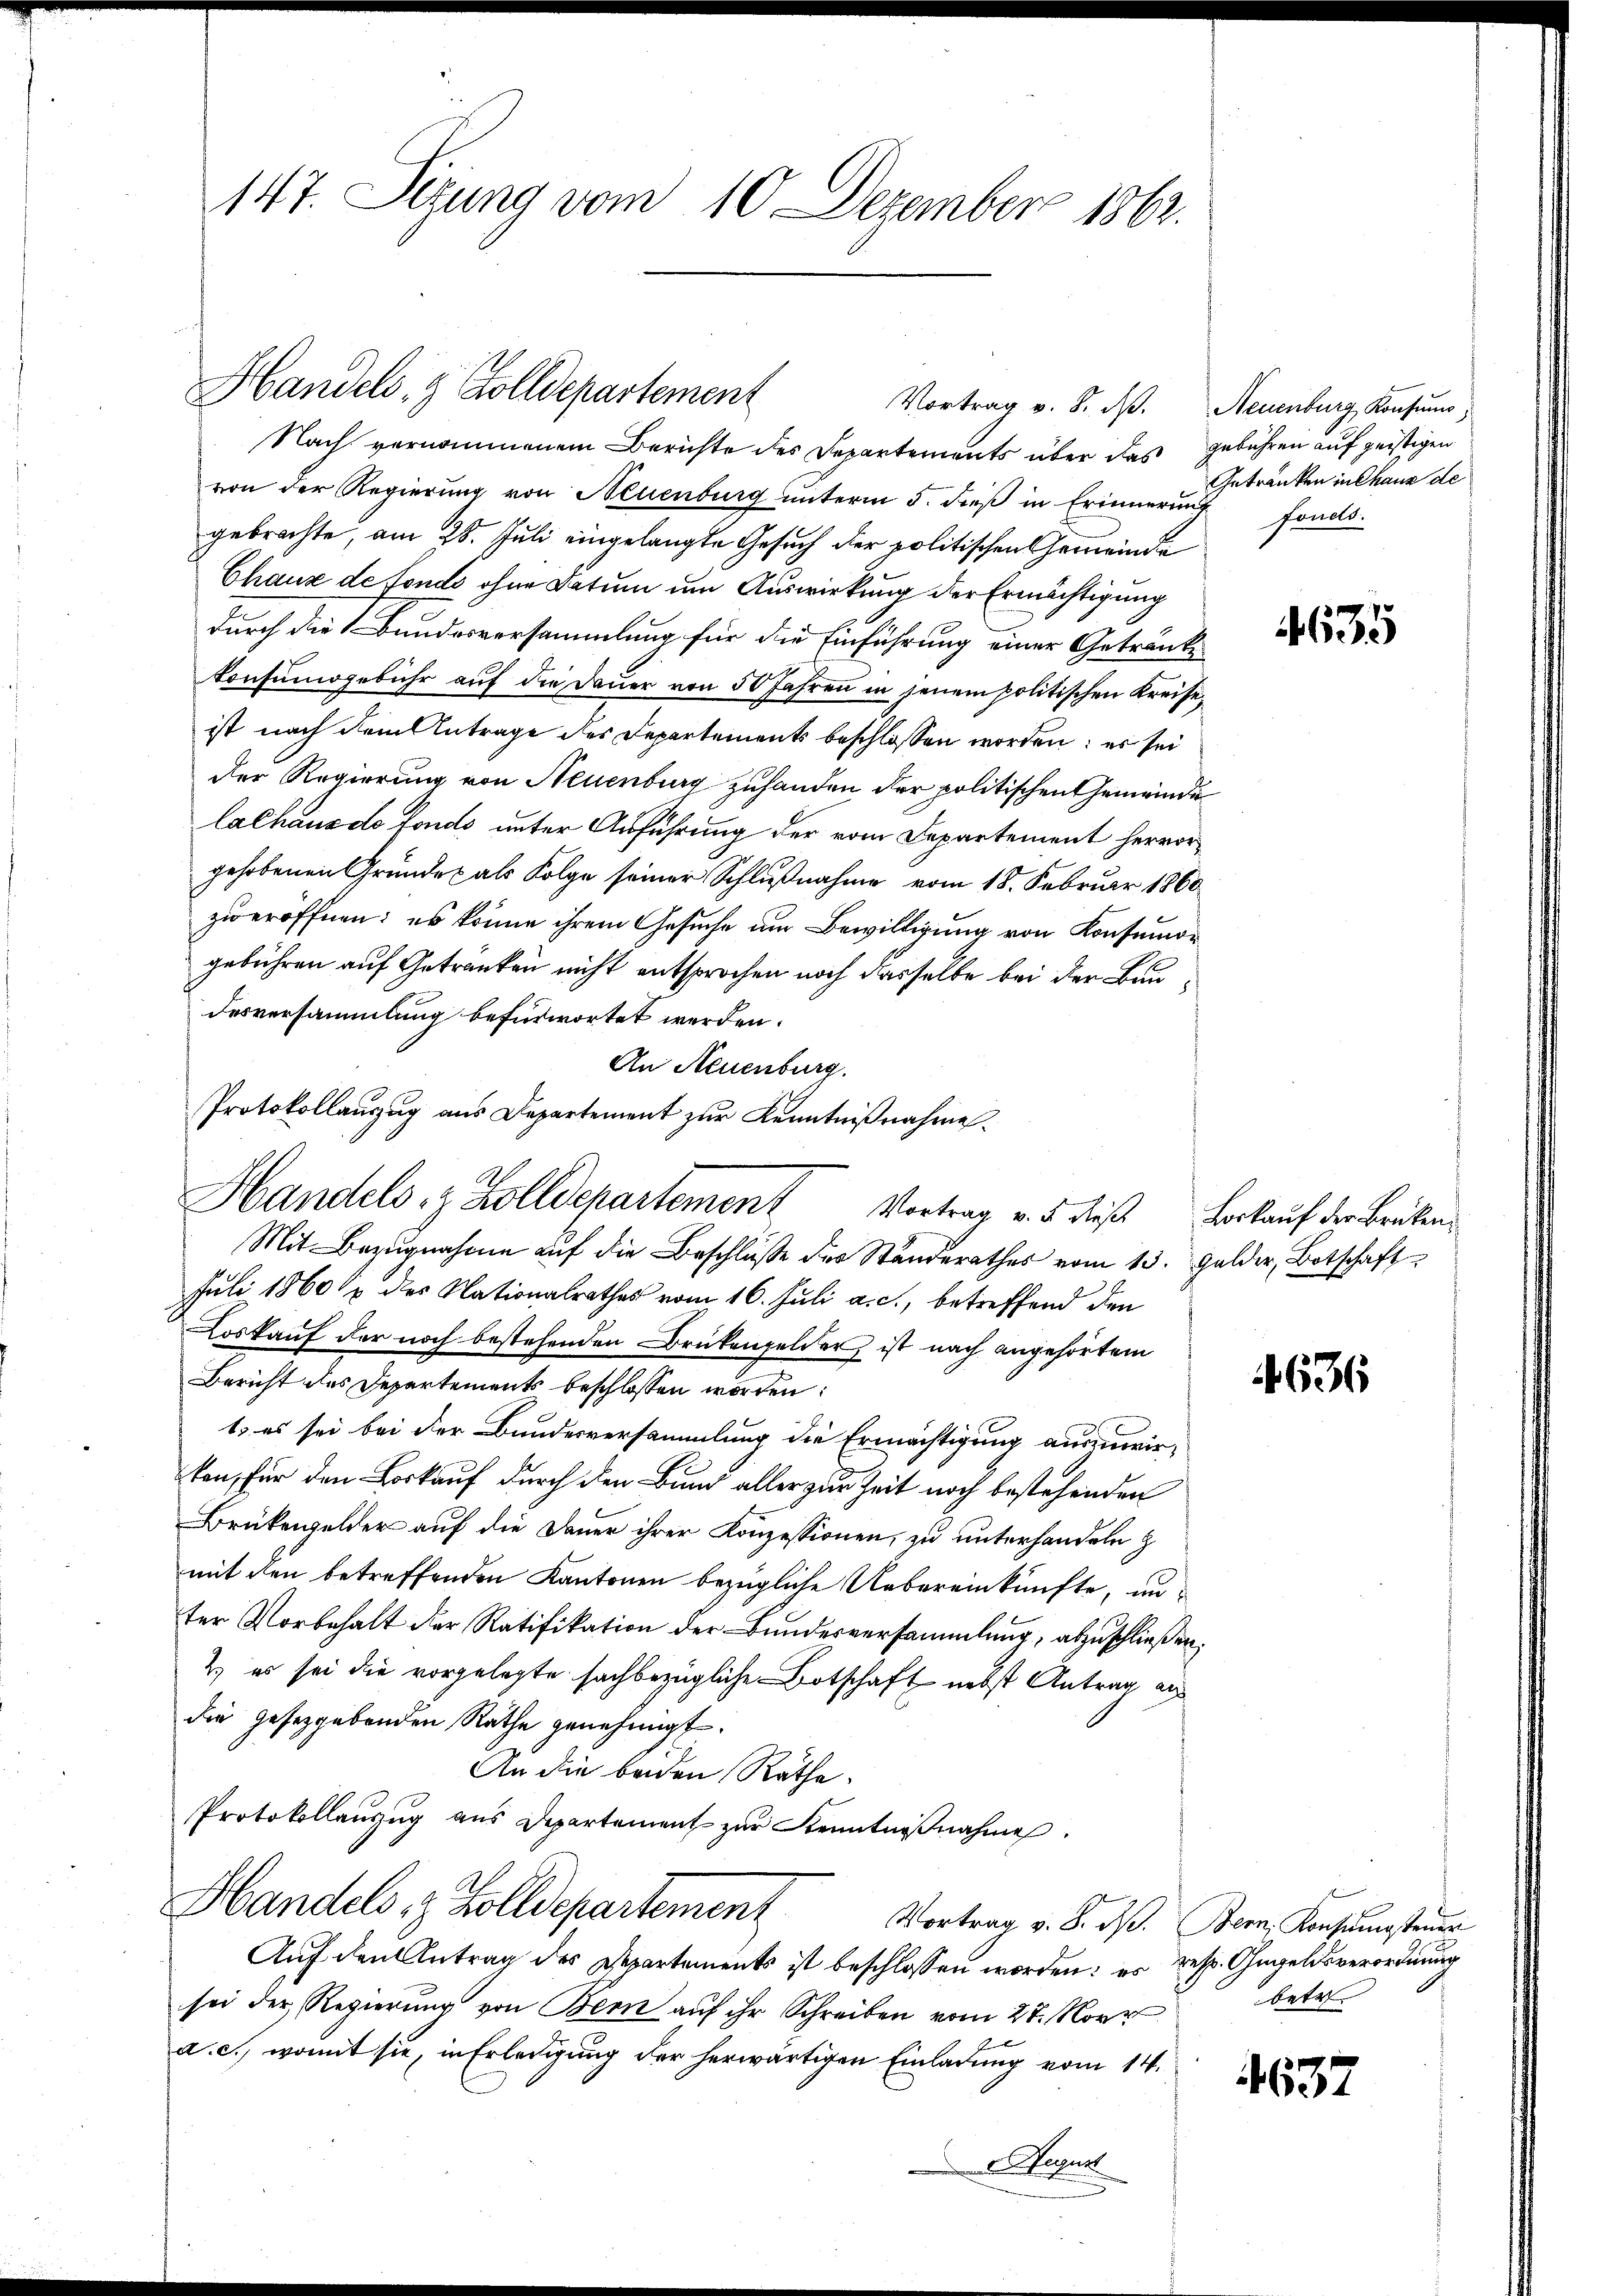
147. Sizung vom 10. Dezember 1862.

Handels, 9 Zolldepartement
Vortrag v. 8. d. Neuenburg Konsum,

Handels- & Zolldepartement Vortrag v. 5. diese Borkauf der Brüken¬

Nach vernommenem Berichte des Departements über das gebühren auf geistigen
von der Regierung von Neuenburg unterm 5. dieß in Erinnerung
gebrachte, am 28. Juli eingelangte Gesuch der politischen Gemeinde
Chaux de fonds ohne Datum um Auswirkung der Ermächtigung
durch die Bundesversammlung für die Einführung einer Getränke
konsumogebühr auf die Dauer von 50 Jahren in jenem politischen Kreise
ist nach dem Antrage des Departements beschlossen worden; es sei
der Regierung von Neuenburg zuhanden der politischen Gemeinde
lalhaus do fonds unter Ausführung der vom Departement hervorgehobenen Gründe als Folge seiner Schlußnahme vom 18. Februar 1860
zu eröffnen; es könne ihrem Gesuche am Bewilligung von Konsumon
gebühren auf Getranken nicht entsprochen noch dasselbe bei der Baudesversammlung befürwortet werden.
An Neuenburg.
Protokollanzug aus Departement zur Kenntnißnahme.

Mit Bezŭgnahme aŭf die Beschlüβe der Standerathes vom 15. Gelder, Botschaft
Juli 1860 & des Nationalrathes vom 16. Juli a. c., betreffend den
Loskauf der noch bestehenden Brückengelder, ist nach angehörtem
Bericht des Departements beschlossen worden:
1. es sei bei der Bundesversammlung die Ermächtigung auszuwirton, für den Borkauf durch den Bund aller zur Zeit noch bestehenden
Brükengelder auf die Dauer ihrer Konzessionen, zu unterhandeln z
mit den betreffenden Kantonen bezügliche Uebereinkünfte, unter Vorbehalt der Ratifikation der Bundesversammlung, abzuschließen.
2) es sei die vorgelegte sachbezügliche Botschaft nebst Antrag aus
die gesetzgebenden Rathe genehmigt.
An die beiden Räthe.
Protokollauszug aus Departement zur Kenntnißnahme.
Handels- & Zolldepartement
Vortrag v. 8. d. Bern, Konsungsteuer
Auf den Antrag des Departements ist beschlossen worden: es resp. Angelsverordnung
sei der Regierŭng von Bern aŭf ihr Schreiben vom 27. Nove
a. c., womit sie, in Erledigung der herwärtigen Einladung vom 14.
August

Getränken in Chaus de
Fonell.

635

4636

betr.

37